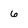
Character: 6